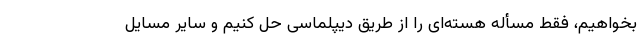
بخواهیم، فقط مسأله هسته‌ای را از طریق دیپلماسی حل کنیم و سایر مسایل